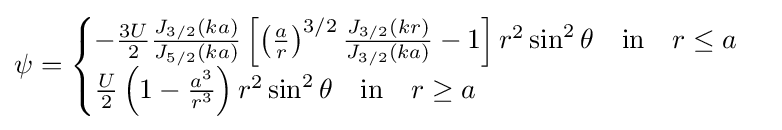
\psi ={\begin{cases}-{\frac {3U}{2}}{\frac {J_{3/2}(ka)}{J_{5/2}(ka)}}\left[\left({\frac {a}{r}}\right)^{3/2}{\frac {J_{3/2}(kr)}{J_{3/2}(ka)}}-1\right]r^{2}\sin ^{2}\theta \quad {\text{in}}\quad r\leq a\\{\frac {U}{2}}\left(1-{\frac {a^{3}}{r^{3}}}\right)r^{2}\sin ^{2}\theta \quad {\text{in}}\quad r\geq a\end{cases}}